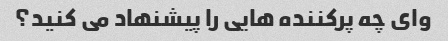
وای چه پرکننده هایی را پیشنهاد می کنید؟